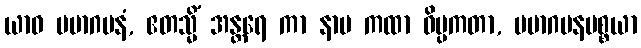
ယာဝ မမာဂမနံ, ဧတသ္မိံ အန္တရေ ကာ နာမ ကထာ ဝိပ္ပကတာ, မမာဂမနပစ္စယာ